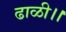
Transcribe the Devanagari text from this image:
ढाळी।।